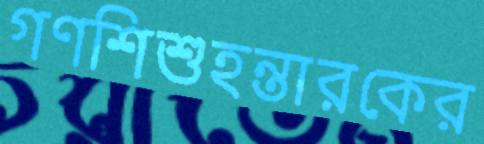
গণশিশুহন্তারকের